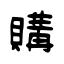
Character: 購